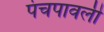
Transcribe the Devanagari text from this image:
पंचपावली